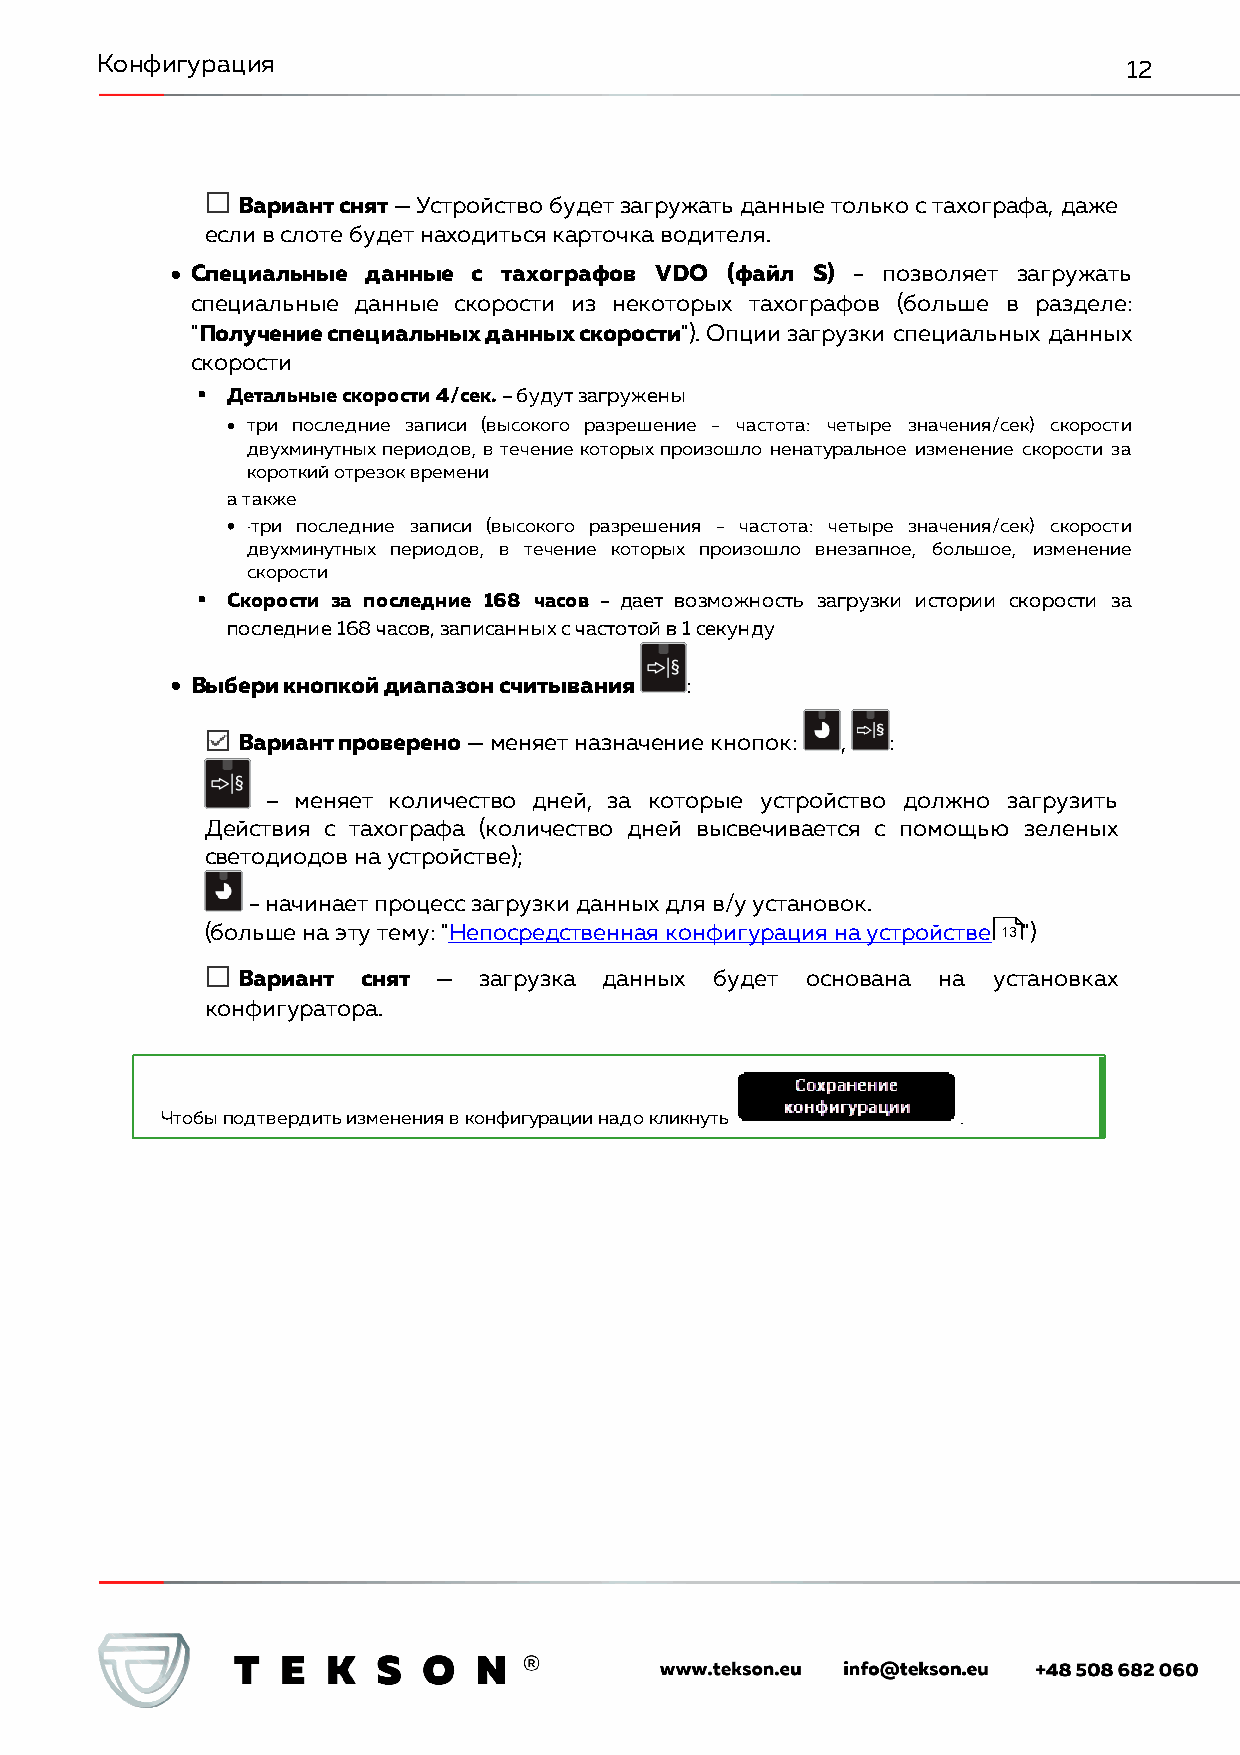
Конфигурация                                                         12
 Вариант снят — Устройство будет загружать данные только с тахографа, даже
 если в слоте будет находиться карточка водителя.
 · Специальные данные с тахографов VDO (файл S) - позволяет загружать
 специальные данные скорости из некоторых тахографов (больше в разделе:
 "Получение специальных данных скорости"). Опции загрузки специальных данных
 скорости
 § Детальные скорости 4/сек. – будут загружены
 · три последние записи (высокого разрешение - частота: четыре значения/сек) скорости
 двухминутных периодов, в течение которых произошло ненатуральное изменение скорости за
 короткий отрезок времени
 а также
 · ·три последние записи (высокого разрешения - частота: четыре значения/сек) скорости
 двухминутных периодов, в течение которых произошло внезапное, большое, изменение
 скорости
 § Скорости за последние 168 часов - дает возможность загрузки истории скорости за
 последние 168 часов, записанных с частотой в 1 секунду
 · Выбери кнопкой диапазон считывания :
 Вариант проверено — меняет назначение кнопок: , :
 – меняет количество дней, за которые устройство должно загрузить
 Действия с тахографа (количество дней высвечивается с помощью зеленых
 светодиодов на устройстве);
 - начинает процесс загрузки данных для в/у установок.
 (больше на эту тему: "Непосредственная конфигурация на устройстве 13")
 Вариант снят —  загрузка данных будет основана на установках
 конфигуратора.
 Чтобы подтвердить изменения в конфигурации надо кликнуть .